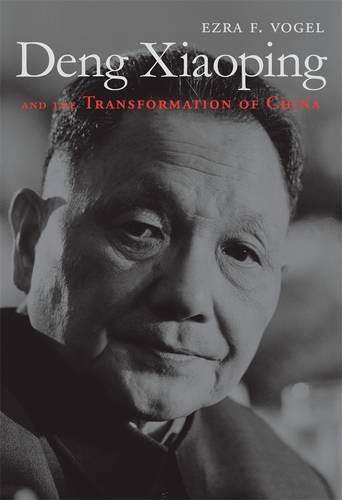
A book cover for Deng Xiaoping and the Transformation of China; Ezra F. Vogel; Biographies & Memoirs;